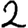
Digit: 2